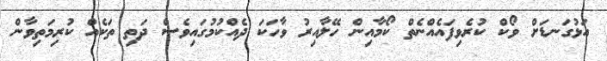
އަޅުގަނޑަށް ވޯކް ކުރެވިފައެއްނެތް ކޯމާއިން ހޭލާއިރު ވާހަކަ ދެއްކުމުގައިވެސް ދަތި ތަކެއް ކުރިމަތިވާން